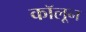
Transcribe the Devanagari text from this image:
कॉलून